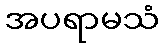
အပရာမသံ